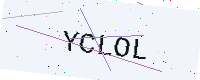
Text: YCLOL